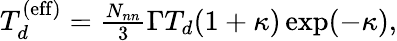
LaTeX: \begin{array}{r}{T_{d}^{\mathrm{(eff)}}=\frac{N_{nn}}{3}\Gamma T_{d}(1+\kappa)\exp(-\kappa),}\end{array}